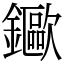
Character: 䥲